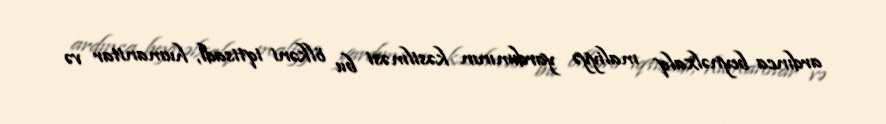
ardınca beynəlxalq maliyyə yardımının kəsilməsi bu ölkəni iqtisadi, humanitar və